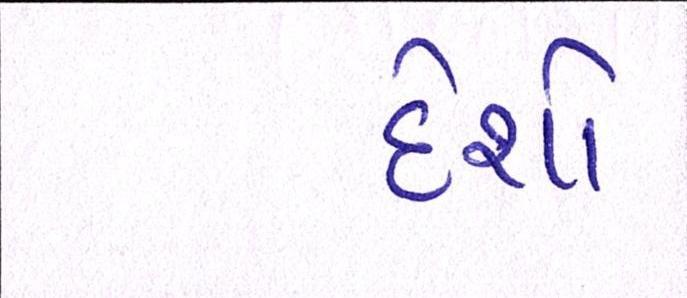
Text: દેશો